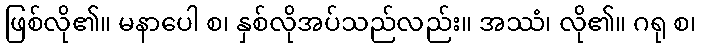
ဖြစ်လို၏။ မနာပေါ စ၊ နှစ်လိုအပ်သည်လည်း။ အဿံ၊ လို၏။ ဂရု စ၊